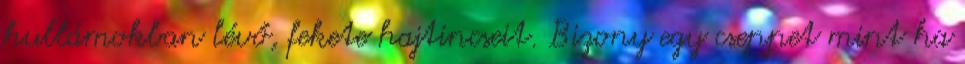
hullámokban lévő, fekete hajtincseit. Bizony egy cseppet mint ha